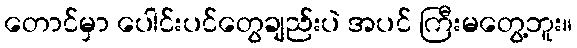
တောင်မှာ ပေါင်းပင်တွေချည်းပဲ အပင် ကြီးမတွေ့ဘူး။